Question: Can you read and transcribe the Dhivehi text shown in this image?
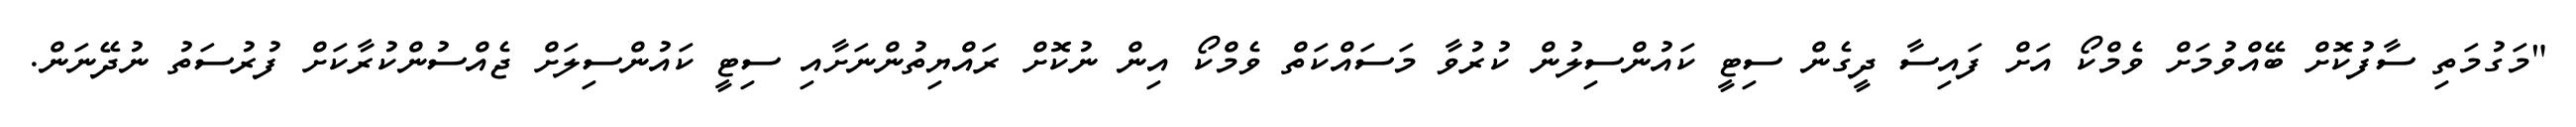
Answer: "މަގުމަތި ސާފުކޮށް ބޭއްވުމަށް ވެމްކޯ އަށް ފައިސާ ދީގެން ސިޓީ ކައުންސިލުން ކުރުވާ މަސައްކަތް ވެމްކޯ އިން ނުކޮށް ރައްޔިތުންނަށާއި ސިޓީ ކައުންސިލަށް ޖެއްސުންކުރާކަށް ފުރުސަތު ނުދޭނަން.